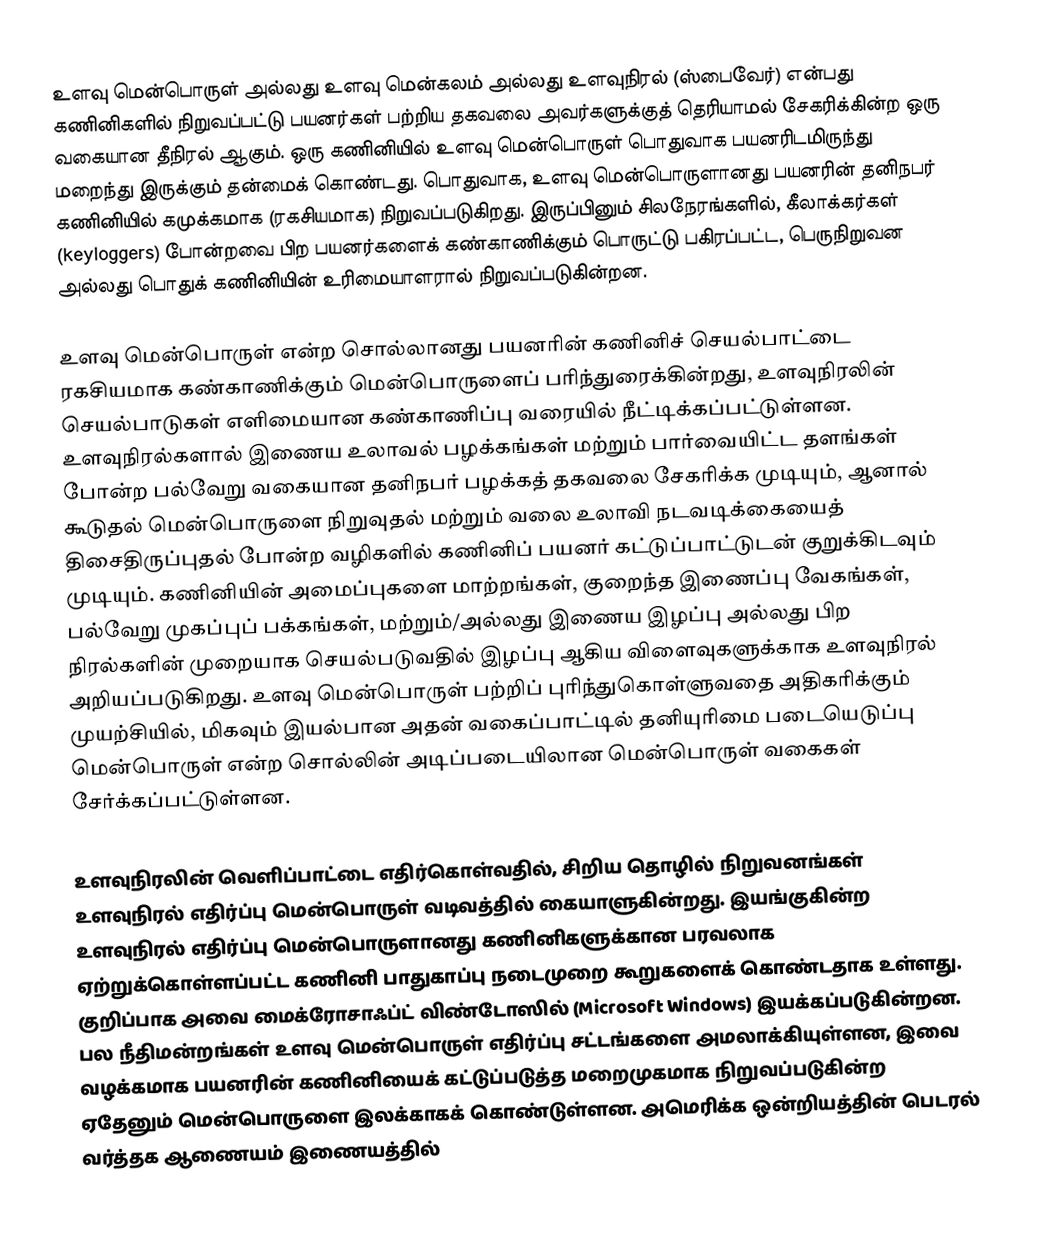
உளவு மென்பொருள் அல்லது உளவு மென்கலம் அல்லது உளவுநிரல் (ஸ்பைவேர்) என்பது கணினிகளில் நிறுவப்பட்டு பயனர்கள் பற்றிய தகவலை அவர்களுக்குத் தெரியாமல் சேகரிக்கின்ற ஒரு வகையான தீநிரல் ஆகும். ஒரு கணினியில் உளவு மென்பொருள் பொதுவாக பயனரிடமிருந்து மறைந்து இருக்கும் தன்மைக் கொண்டது. பொதுவாக, உளவு மென்பொருளானது பயனரின் தனிநபர் கணினியில் கமுக்கமாக (ரகசியமாக) நிறுவப்படுகிறது. இருப்பினும் சிலநேரங்களில், கீலாக்கர்கள் (keyloggers) போன்றவை பிற பயனர்களைக் கண்காணிக்கும் பொருட்டு பகிரப்பட்ட, பெருநிறுவன அல்லது பொதுக் கணினியின் உரிமையாளரால் நிறுவப்படுகின்றன.

உளவு மென்பொருள் என்ற சொல்லானது பயனரின் கணினிச் செயல்பாட்டை ரகசியமாக கண்காணிக்கும் மென்பொருளைப் பரிந்துரைக்கின்றது, உளவுநிரலின் செயல்பாடுகள் எளிமையான கண்காணிப்பு வரையில் நீட்டிக்கப்பட்டுள்ளன. உளவுநிரல்களால் இணைய உலாவல் பழக்கங்கள் மற்றும் பார்வையிட்ட தளங்கள் போன்ற பல்வேறு வகையான தனிநபர் பழக்கத் தகவலை சேகரிக்க முடியும், ஆனால் கூடுதல் மென்பொருளை நிறுவுதல் மற்றும் வலை உலாவி நடவடிக்கையைத் திசைதிருப்புதல் போன்ற வழிகளில் கணினிப் பயனர் கட்டுப்பாட்டுடன் குறுக்கிடவும் முடியும். கணினியின் அமைப்புகளை மாற்றங்கள், குறைந்த இணைப்பு வேகங்கள், பல்வேறு முகப்புப் பக்கங்கள், மற்றும்/அல்லது இணைய இழப்பு அல்லது பிற நிரல்களின் முறையாக செயல்படுவதில் இழப்பு ஆகிய விளைவுகளுக்காக உளவுநிரல் அறியப்படுகிறது. உளவு மென்பொருள் பற்றிப் புரிந்துகொள்ளுவதை அதிகரிக்கும் முயற்சியில், மிகவும் இயல்பான அதன் வகைப்பாட்டில் தனியுரிமை படையெடுப்பு மென்பொருள் என்ற சொல்லின் அடிப்படையிலான மென்பொருள் வகைகள் சேர்க்கப்பட்டுள்ளன.

உளவுநிரலின் வெளிப்பாட்டை எதிர்கொள்வதில், சிறிய தொழில் நிறுவனங்கள் உளவுநிரல் எதிர்ப்பு மென்பொருள் வடிவத்தில் கையாளுகின்றது. இயங்குகின்ற உளவுநிரல் எதிர்ப்பு மென்பொருளானது கணினிகளுக்கான பரவலாக ஏற்றுக்கொள்ளப்பட்ட கணினி பாதுகாப்பு நடைமுறை கூறுகளைக் கொண்டதாக உள்ளது. குறிப்பாக அவை மைக்ரோசாஃப்ட் விண்டோஸில் (Microsoft Windows) இயக்கப்படுகின்றன. பல நீதிமன்றங்கள் உளவு மென்பொருள் எதிர்ப்பு சட்டங்களை அமலாக்கியுள்ளன, இவை வழக்கமாக பயனரின் கணினியைக் கட்டுப்படுத்த மறைமுகமாக நிறுவப்படுகின்ற ஏதேனும் மென்பொருளை இலக்காகக் கொண்டுள்ளன. அமெரிக்க ஒன்றியத்தின் பெடரல் வர்த்தக ஆணையம் இணையத்தில்